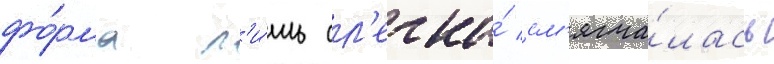
фо́рма л'и́шь сл'егка́ см'ягча́лась